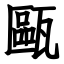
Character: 甌